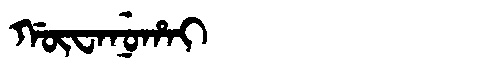
Manchu: ᡤᡡᠸᠠᠨᡠᡥᠠᡳ
Romanization: GŪWANUHAI